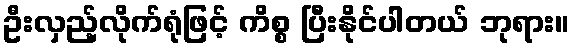
ဦးလှည့်လိုက်ရုံဖြင့် ကိစ္စ ပြီးနိုင်ပါတယ် ဘုရား။